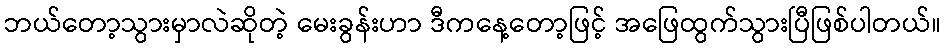
ဘယ်တော့သွားမှာလဲဆိုတဲ့ မေးခွန်းဟာ ဒီကနေ့တော့ဖြင့် အဖြေထွက်သွားပြီဖြစ်ပါတယ်။